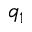
q _ { 1 }